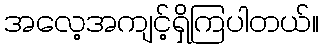
အလေ့အကျင့်ရှိကြပါတယ်။